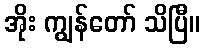
အိုး ကျွန်တော် သိပြီ။